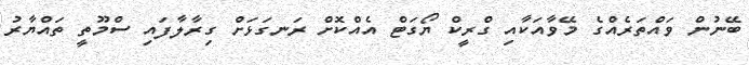
ބޭނުން ވައްތަރެއްގެ މޭވާއަކާއި ގްރީކް ޔޯގަޓް އެއްކޮށް ރަނގަޅަށް ގިރާލާފައި ސްމޫތީ ތައްޔާރު